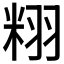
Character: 𮇝